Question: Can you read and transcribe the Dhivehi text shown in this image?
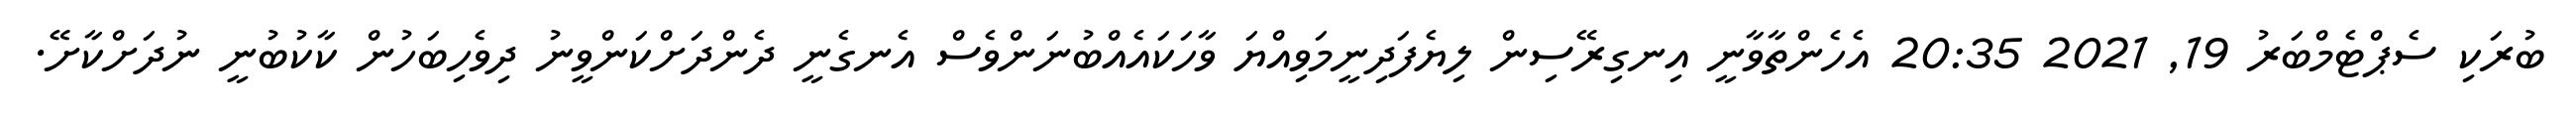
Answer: ބުރަކި ސެޕްޓެމްބަރު 19, 2021 20:35 އެހެންތާވާނީ އިނގިރޭސިން ލިޔެފަދިނީމަވިއްޔަ ވާހަކައެއްބުނަންވެސް އެނގެނީ ދެންދަށްކަންވީނު ދިވެހިބަހުން ކާކުބުނީ ނުދަށްކާށޭ.